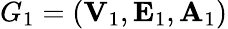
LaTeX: G_{1}=({\mathbf V}_{1},{\mathbf E}_{1},{\mathbf A}_{1})